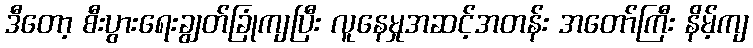
ဒီတော့ စီးပွားရေးချွတ်ခြုံကျပြီး လူနေမှုအဆင့်အတန်း အတော်ကြီး နိမ့်ကျ